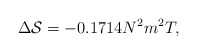
\begin{align*}\Delta {\cal S} = - 0.1714 N^2 m^2T,\end{align*}